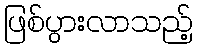
ဖြစ်ပွားလာသည့်